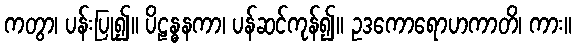
ကတွာ၊ ပန်းပြု၍။ ပိဠန္ဓနကာ၊ ပန်ဆင်ကုန်၍။ ဥဒကောရောဟကာတိ၊ ကား။